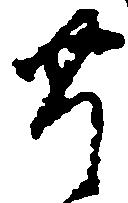
豊